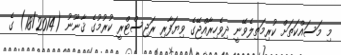
މި މަސައްކަތަށް ކުރިމަތިލެވޭނީ ދިވެހިރާއްޖޭގެ ވިޔަފާރި ރަޖިސްޓްރީ ކުރުމުގެ ޤާނޫނު (18/2014) ގެ